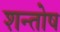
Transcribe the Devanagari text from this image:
शन्तोष